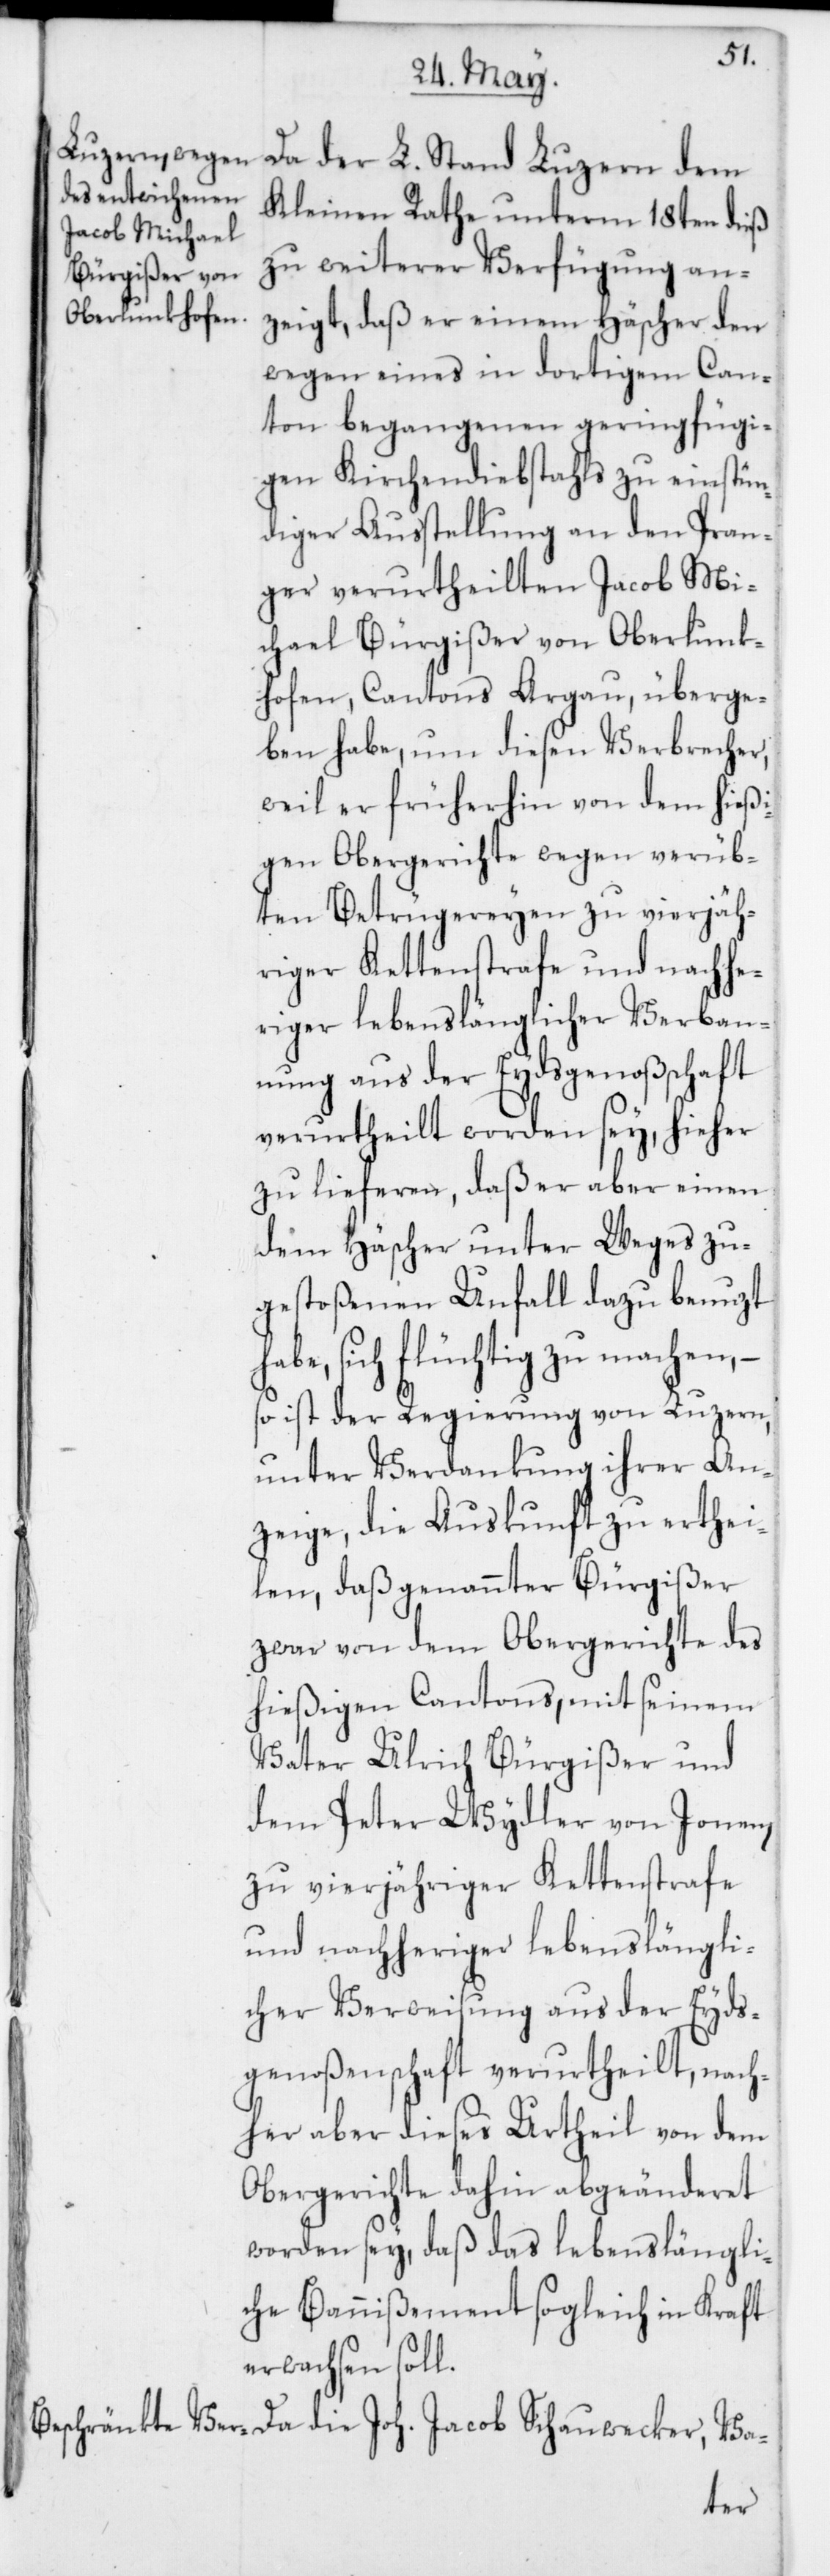
Kleinen Rathe unterm 18ten dieß
zu weiterer Verfügung an¬
zeigt, daß er einem Häscher den
wegen eines in dortigem Can¬
ton begangenen geringfügi¬
gen Kirchendiebstahls zu einstün¬
diger Ausstellung an den Pran¬
ger verurtheilten Jacob Mi¬
chael Bürgißer von Oberlunk¬
hofen, Cantons Argau, überge¬
ben habe, um diesen Verbrecher,
weil er früherhin von dem hießi¬
gen Obergerichte wegen verüb¬
ten Betrügereyen zu vierjäh¬
riger Kettenstrafe und nachhe¬
riger lebenslänglicher Verban¬
nung aus der Eydsgenoßenschaft
verurtheilt worden sey, hieher
zu lieferen, daß er aber einen
dem Häscher unter Weges zu¬
gestoßenen Unfall dazu benuzt
habe, sich flüchtig zu machen, –
so ist der Regierung von Luzern,
unter Verdankung ihrer An¬
zeige, die Auskunft zu erthei¬
len, daß genannter Bürgißer
zwar von dem Obergerichte des
hießigen Cantons, mit seinem
Vater Ulrich Bürgißer und
dem Peter Wydler von Jonen,
zu vierjähriger Kettenstrafe
und nachheriger lebenslängli¬
cher Verweisung aus der Eyds¬
genoßenschaft verurtheilt, nach¬
her aber dieses Urtheil von dem
Obergerichte dahin abgeänderet
worden sey, daß das lebenslängli¬
che Bannißement sogleich in Kraft
erwachsen soll.
der